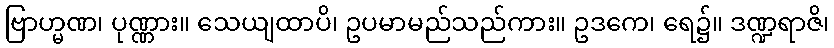
ဗြာဟ္မဏ၊ ပုဏ္ဏား။ သေယျထာပိ၊ ဥပမာမည်သည်ကား။ ဥဒကေ၊ ရေ၌။ ဒဏ္ဍရာဇိ၊